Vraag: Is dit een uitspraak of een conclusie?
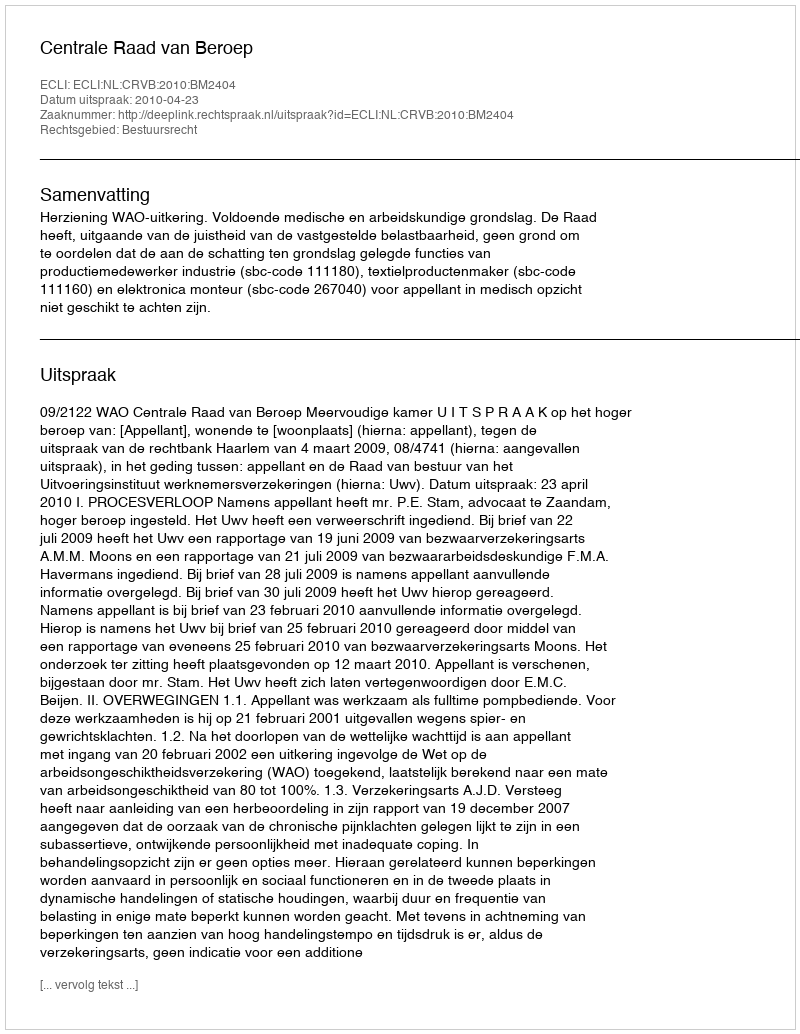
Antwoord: Uitspraak